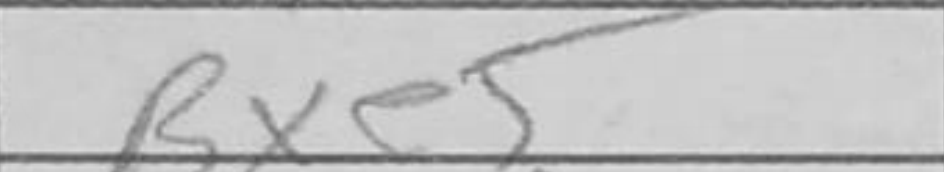
Transcription: Bxe5